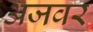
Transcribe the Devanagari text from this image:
अजवर